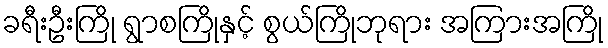
ခရီးဦးကြို ရွာစကြိုနှင့် စွယ်ကြိုဘုရား အကြားအကြို